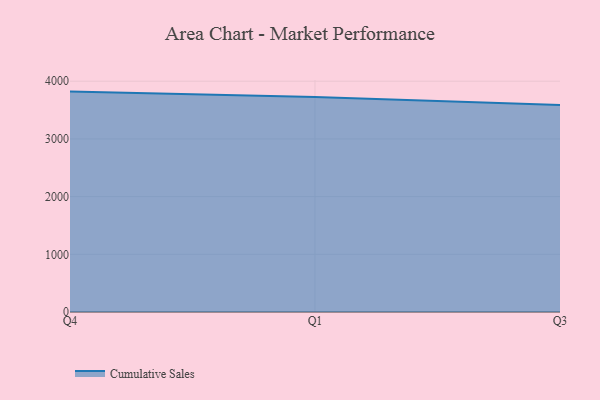
{"axis": {"x": "Quarter", "y": "Revenue (USD Million)"}, "legend": ["Cumulative Sales"], "data": [{"x": "Q4", "y": 3819.8, "type": "Cumulative Sales"}, {"x": "Q1", "y": 3724.5, "type": "Cumulative Sales"}, {"x": "Q3", "y": 3586.4, "type": "Cumulative Sales"}]}